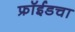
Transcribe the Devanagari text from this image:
फ्रॉईडचा